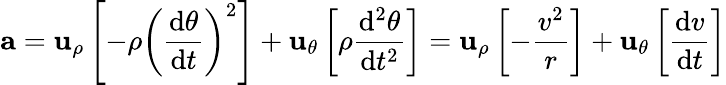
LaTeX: \mathbf{a}=\mathbf{u}_{\rho}\left[-\rho\left({\frac{\mathrm{d}\theta}{\mathrm{d}t}}\right)^{2}\right]+\mathbf{u}_{\theta}\left[\rho{\frac{\mathrm{d}^{2}\theta}{\mathrm{d}t^{2}}}\right]=\mathbf{u}_{\rho}\left[-{\frac{v^{2}}{r}}\right]+\mathbf{u}_{\theta}\left[{\frac{\mathrm{d}v}{\mathrm{d}t}}\right]